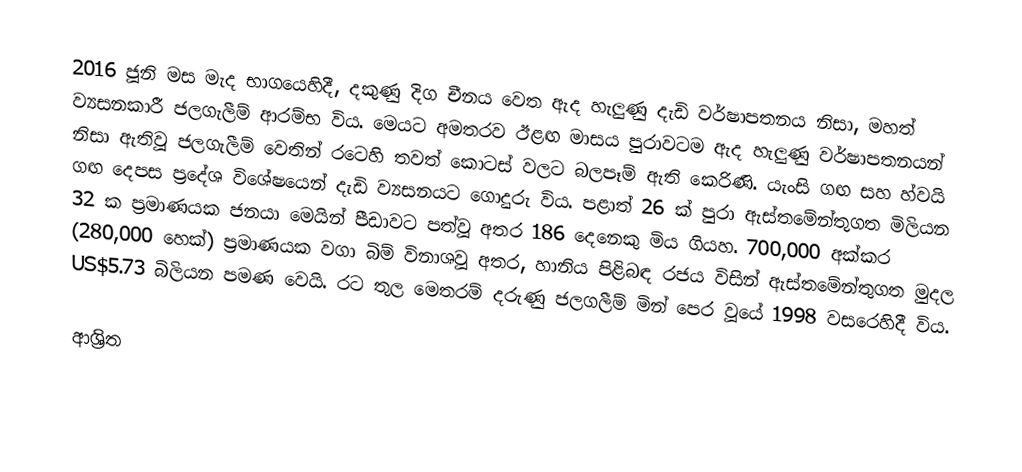
2016 ජූනි මස මැද භාගයෙහිදී, දකුණු දිග චීනය වෙත ඇද හැලුණු දැඩි වර්ෂාපතනය නිසා, මහත් ව්‍යසනකාරී ජලගැලීම් ආරම්භ විය. මෙයට අමතරව ඊළඟ මාසය පුරාවටම ඇද හැලුණු වර්ෂාපතනයන්  නිසා ඇතිවූ ජලගැලීම් වෙතින් රටෙහි තවත් කොටස් වලට බලපෑම් ඇති කෙරිණි. යැංසි ගඟ සහ  හ්වයි  ගඟ දෙපස ප්‍රදේශ විශේෂයෙන් දැඩි ව්‍යසනයට ගොදුරු විය.  පළාත්  26 ක් පුරා ඇස්තමේන්තුගත මිලියන 32 ක ප්‍රමාණයක ජනයා මෙයින් පීඩාවට පත්වූ අතර 186 දෙනෙකු මිය ගියහ.  700,000 අක්කර (280,000 හෙක්) ප්‍රමාණයක වගා බිම් විනාශවූ අතර, හානිය පිළිබඳ රජය විසින් ඇස්තමේන්තුගත මුදල US$5.73 බිලියන පමණ වෙයි.   රට තුල මෙතරම් දරුණු ජලගලීම් මින් පෙර වූයේ  1998 වසරෙහිදී විය.

ආශ්‍රිත